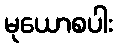
မုယောစပါး